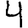
Digit: 4